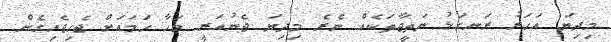
މިދިޔަ އަހަރު ރަނގަޅު ނަތީޖާތަކެއް ނެރެ މިދިޔަ ޖެނުއަރީ މަހާ ހަމައަށް ޖެހިޖެހިގެން